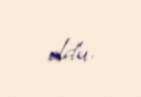
oldu.